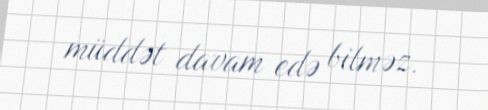
müddət davam edə bilməz.